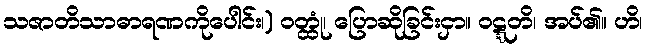
သဇာတိသာဓာရဏကိုပေါင်း၊) ဝတ္ထုံ၊ ပြောဆိုခြင်းငှာ။ ဝဋ္ဋတိ၊ အပ်၏။ ဟိ၊